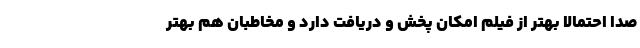
صدا احتمالا بهتر از فیلم امکان پخش و دریافت دارد و مخاطبان هم بهتر